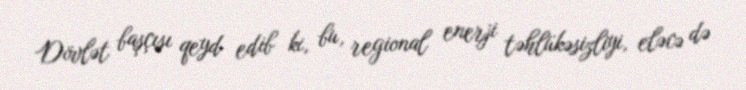
Dövlət başçısı qeyd edib ki, bu, regional enerji təhlükəsizliyi, eləcə də